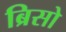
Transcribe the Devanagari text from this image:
ब्रिसो